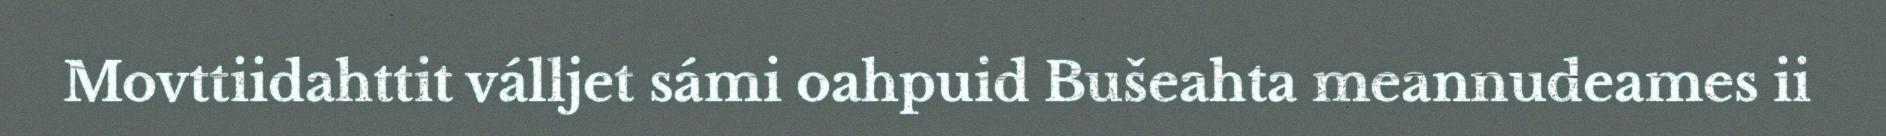
Movttiidahttit válljet sámi oahpuid Bušeahta meannudeames ii